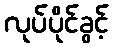
လုပ်ပိုင်ခွင့်